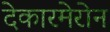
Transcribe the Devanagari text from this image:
देकारमेरोन